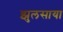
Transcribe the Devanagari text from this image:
झुलसाया